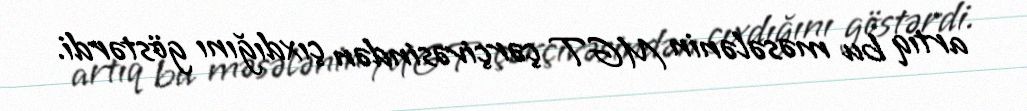
artıq bu məsələnin MGT çərçivəsindən çıxdığını göstərdi.